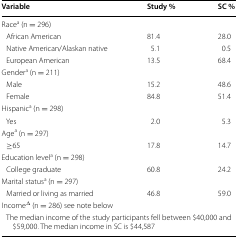
<table><thead><tr><td><b>Variable</b></td><td><b>Study %</b></td><td><b>SC %</b></td></tr></thead><tbody><tr><td colspan="3">Race<sup>a</sup> (n = 296)</td></tr><tr><td> African American</td><td>81.4</td><td>28.0</td></tr><tr><td> Native American/Alaskan native</td><td>5.1</td><td>0.5</td></tr><tr><td> European American</td><td>13.5</td><td>68.4</td></tr><tr><td colspan="3">Gender<sup>a</sup> (n = 211)</td></tr><tr><td> Male</td><td>15.2</td><td>48.6</td></tr><tr><td> Female</td><td>84.8</td><td>51.4</td></tr><tr><td colspan="3">Hispanic<sup>a</sup> (n = 298)</td></tr><tr><td> Yes</td><td>2.0</td><td>5.3</td></tr><tr><td colspan="3">Age<sup>a</sup> (n = 297)</td></tr><tr><td> ≥65</td><td>17.8</td><td>14.7</td></tr><tr><td colspan="3">Education level<sup>a</sup> (n = 298)</td></tr><tr><td> College graduate</td><td>60.8</td><td>24.2</td></tr><tr><td colspan="3">Marital status<sup>a</sup> (n = 297)</td></tr><tr><td> Married or living as married</td><td>46.8</td><td>59.0</td></tr><tr><td colspan="3">Income<sup>∆</sup> (n = 286) see note below</td></tr><tr><td colspan="3"> The median income of the study participants fell between $40,000 and $59,000. The median income in SC is $44,587</td></tr></tbody></table>